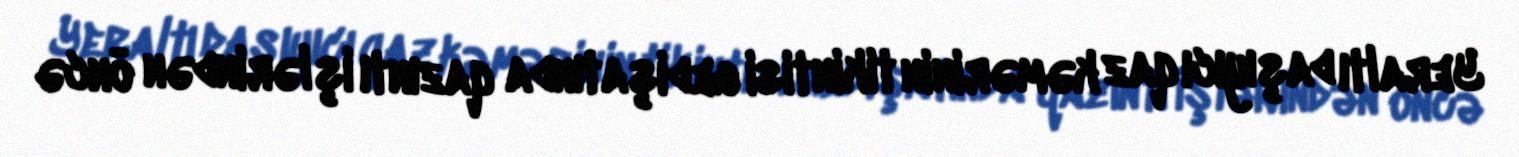
Yeraltı daşıyıcı qaz kəmərinin tikintisi gedişatında qazıntı işlərindən öncə